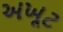
અખૂટ